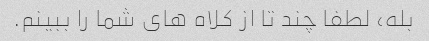
بله، لطفا چند تا از کلاه های شما را ببینم.